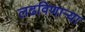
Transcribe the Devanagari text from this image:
लढविणाऱ्या